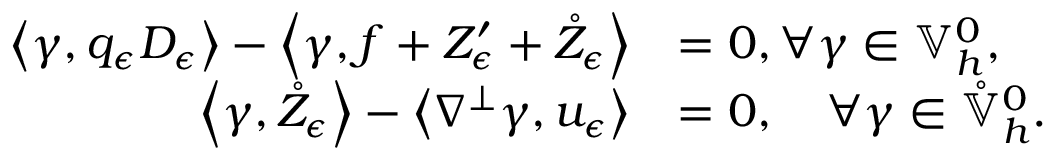
\begin{array} { r l } { \left\langle \gamma , q _ { \epsilon } D _ { \epsilon } \right\rangle - \left\langle \gamma , f + Z _ { \epsilon } ^ { \prime } + \mathring { Z } _ { \epsilon } \right\rangle } & { = 0 , \forall \gamma \in \mathbb { V } _ { h } ^ { 0 } , } \\ { \left\langle \gamma , \mathring { Z } _ { \epsilon } \right\rangle - \left\langle \nabla ^ { \perp } \gamma , u _ { \epsilon } \right\rangle } & { = 0 , \quad \forall \gamma \in \mathring { \mathbb { V } } _ { h } ^ { 0 } . } \end{array}